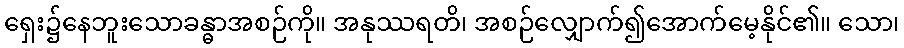
ရှေး၌နေဘူးသောခန္ဓာအစဉ်ကို။ အနုဿရတိ၊ အစဉ်လျှောက်၍အောက်မေ့နိုင်၏။ သော၊